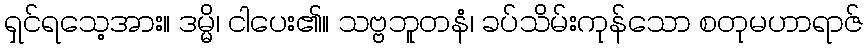
ရှင်ရသေ့အား။ ဒမ္မိ၊ ငါပေး၏။ သဗ္ဗဘူတနံ၊ ခပ်သိမ်းကုန်သော စတုမဟာရာဇ်